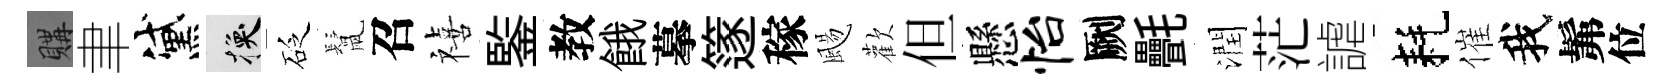
購聿黛换砭鬛召禧鍳教餓摹篴稼颺歡但懸怡劂㲲潤茫謔耗催我髴位